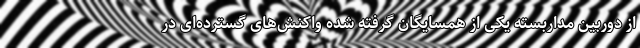
از دوربین مداربسته یکی از همسایگان گرفته شده واکنش‌های گسترده‌ای در